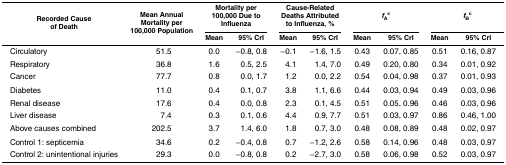
<table><thead><tr><td rowspan="2"><b>Recorded Cause of Death</b></td><td rowspan="2"><b>Mean Annual Mortality per 100,000 Population</b></td><td colspan="2"><b>Mortality per 100,000 Due to Influenza</b></td><td colspan="2"><b>Cause-Related Deaths Attributed to Influenza, %</b></td><td colspan="2"><b><i>f</i><sub>A</sub><sup>c</sup></b></td><td colspan="2"><b><i>f</i><sub>B</sub><sup>c</sup></b></td></tr><tr><td><b>Mean</b></td><td><b>95% CrI</b></td><td><b>Mean</b></td><td><b>95% CrI</b></td><td><b>Mean</b></td><td><b>95% CrI</b></td><td><b>Mean</b></td><td><b>95% CrI</b></td></tr></thead><tbody><tr><td>Circulatory</td><td>51.5</td><td>0.0</td><td>−0.8, 0.8</td><td>−0.1</td><td>−1.6, 1.5</td><td>0.43</td><td>0.07, 0.85</td><td>0.51</td><td>0.16, 0.87</td></tr><tr><td>Respiratory</td><td>36.8</td><td>1.6</td><td>0.5, 2.5</td><td>4.1</td><td>1.4, 7.0</td><td>0.49</td><td>0.20, 0.80</td><td>0.34</td><td>0.01, 0.92</td></tr><tr><td>Cancer</td><td>77.7</td><td>0.8</td><td>0.0, 1.7</td><td>1.2</td><td>0.0, 2.2</td><td>0.54</td><td>0.04, 0.98</td><td>0.37</td><td>0.01, 0.93</td></tr><tr><td>Diabetes</td><td>11.0</td><td>0.4</td><td>0.1, 0.7</td><td>3.8</td><td>1.1, 6.6</td><td>0.44</td><td>0.03, 0.94</td><td>0.49</td><td>0.03, 0.96</td></tr><tr><td>Renal disease</td><td>17.6</td><td>0.4</td><td>0.0, 0.8</td><td>2.3</td><td>0.1, 4.5</td><td>0.51</td><td>0.05, 0.96</td><td>0.46</td><td>0.03, 0.96</td></tr><tr><td>Liver disease</td><td>7.4</td><td>0.3</td><td>0.1, 0.6</td><td>4.4</td><td>0.9, 7.7</td><td>0.51</td><td>0.03, 0.97</td><td>0.86</td><td>0.46, 1.00</td></tr><tr><td>Above causes combined</td><td>202.5</td><td>3.7</td><td>1.4, 6.0</td><td>1.8</td><td>0.7, 3.0</td><td>0.48</td><td>0.08, 0.89</td><td>0.48</td><td>0.02, 0.97</td></tr><tr><td>Control 1: septicemia</td><td>34.6</td><td>0.2</td><td>−0.4, 0.8</td><td>0.7</td><td>−1.2, 2.6</td><td>0.58</td><td>0.14, 0.96</td><td>0.48</td><td>0.03, 0.97</td></tr><tr><td>Control 2: unintentional injuries</td><td>29.3</td><td>0.0</td><td>−0.8, 0.8</td><td>0.2</td><td>−2.7, 3.0</td><td>0.58</td><td>0.06, 0.98</td><td>0.52</td><td>0.03, 0.97</td></tr></tbody></table>